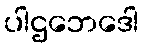
ပါဌဘေဒေါ